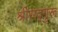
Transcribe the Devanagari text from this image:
श्रीसद्गुरू